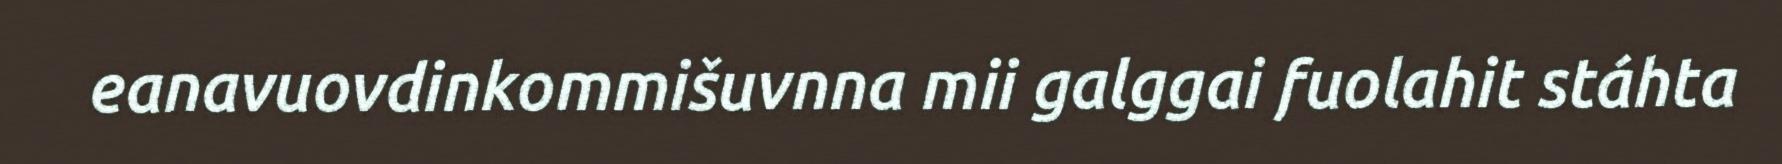
eanavuovdinkommišuvnna mii galggai fuolahit stáhta